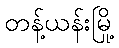
တန့်ယန်းမြို့